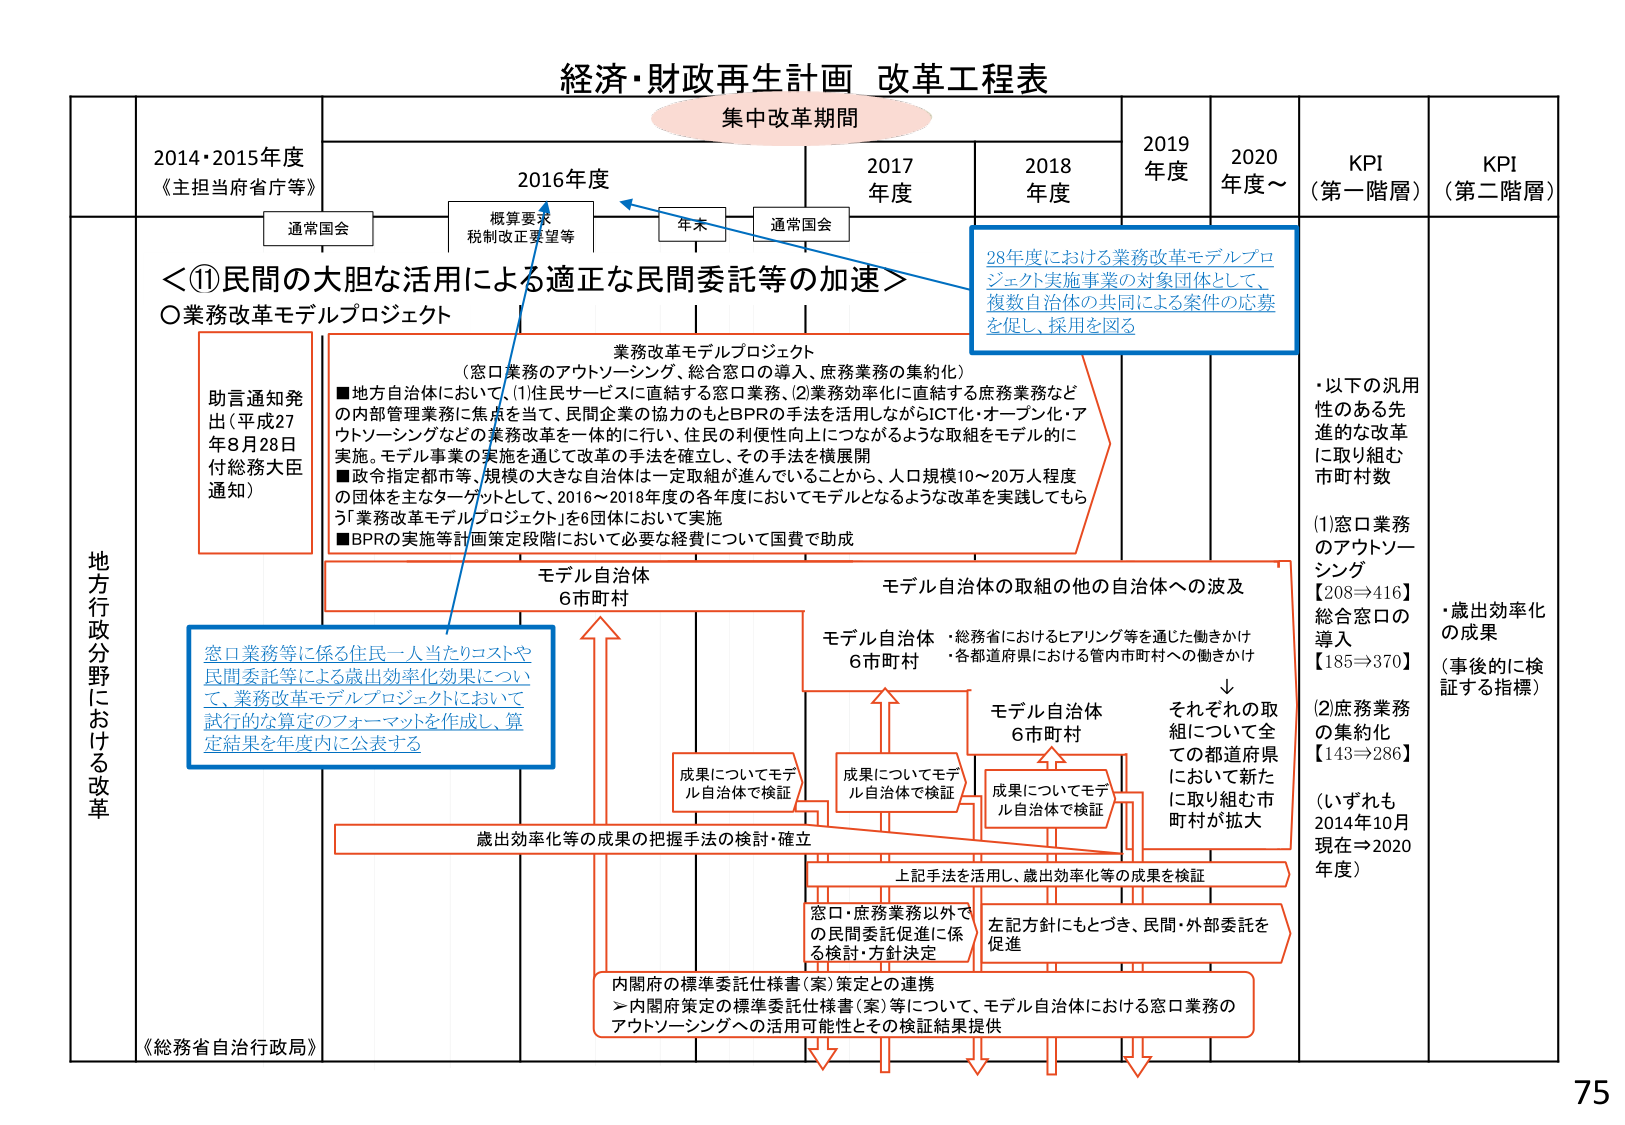
経済・財政再生計画 改革工程表

集中改革期間

2014・2015年度
《主担当府省庁等》

2016年度
概算要求
税制改正要望等

2017年度

2018年度

2019年度

2020年度～

KPI
（第一階層）

KPI
（第二階層）

通常国会

年末

通常国会

＜⑪民間の大胆な活用による適正な民間委託等の加速＞

○業務改革モデルプロジェクト

助言通知発出（平成27年8月28日付総務大臣通知）

業務改革モデルプロジェクト
（窓口業務のアウトソーシング、総合窓口の導入、庶務業務の集約化）
■地方自治体において、(1)住民サービスに直結する窓口業務、(2)業務効率化に直結する庶務業務などの内部管理業務に焦点を当て、民間企業の協力のもとBPRの手法を活用しながらICT化・オープン化・アウトソーシングなどの業務改革を一体的に行い、住民の利便性向上につながるような取組をモデル的に実施。モデル事業の実施を通じて改革の手法を確立し、その手法を横展開
■政令指定都市等、規模の大きな自治体は一定取組が進んでいることから、人口規模10～20万人程度の団体を主なターゲットとして、2016～2018年度の各年度においてモデルとなるような改革を実践してもらう「業務改革モデルプロジェクト」を6団体において実施
■BPRの実施等計画策定段階において必要な経費について国費で助成

28年度における業務改革モデルプロジェクト実施事業の対象団体として、複数自治体の共同による案件の応募を促し、採用を図る

モデル自治体
6市町村

モデル自治体の取組の他の自治体への波及
・総務省におけるヒアリング等を通じた働きかけ
・各都道府県における管内市町村への働きかけ

モデル自治体
6市町村

モデル自治体
6市町村

それぞれの取組について全ての都道府県に取り組む市町村が拡大

成果についてモデル自治体で検証

成果についてモデル自治体で検証

成果についてモデル自治体で検証

窓口業務等に係る住民一人当たりコストや民間委託等による歳出効率化効果について、業務改革モデルプロジェクトにおいて試行的な算定のフォーマットを作成し、算定結果を年度内に公表する

歳出効率化等の成果の把握手法の検討・確立

上記手法を活用し、歳出効率化等の成果を検証

窓口・庶務業務以外での民間委託促進に係る検討・方針決定

左記方針にもとづき、民間・外部委託を促進

内閣府の標準委託仕様書（案）策定との連携
→内閣府策定の標準委託仕様書（案）等について、モデル自治体における窓口業務のアウトソーシングへの活用可能性とその検証結果提供

地方行政分野における改革

《総務省自治行政局》

・以下の汎用性のある先進的な改革に取り組む市町村数
(1)窓口業務のアウトソーシング【208⇒416】
総合窓口の導入【185⇒370】
(2)庶務業務の集約化【143⇒286】
（いずれも2014年10月現在⇒2020年度）

・歳出効率化の成果（事後的に検証する指標）

75